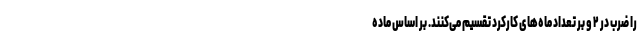
را ضرب در ۲ و بر تعداد ماه‌های کارکرد تقسیم می‌کنند. بر اساس ماده